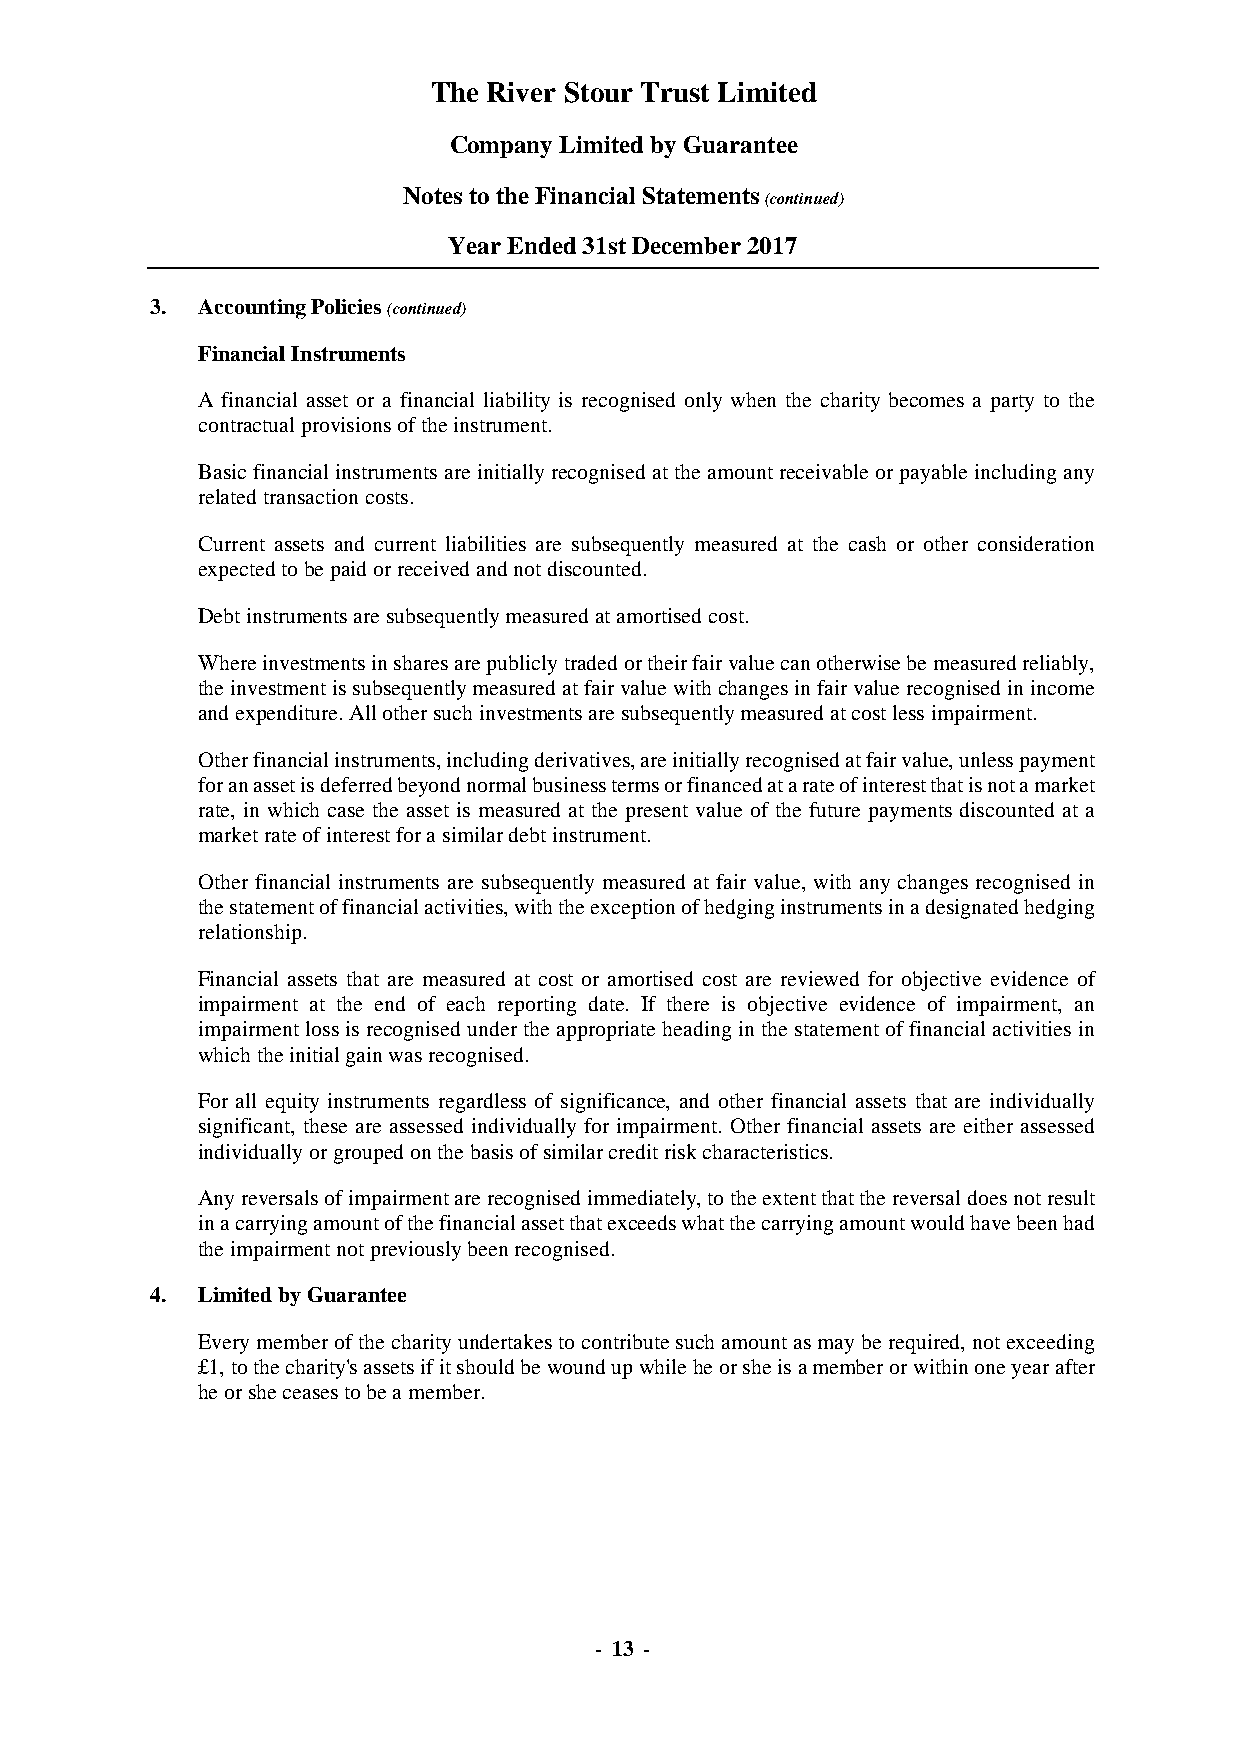
The River Stour Trust Limited
 Company Limited by Guarantee
 Notes to the Financial Statements
 (continued)
 Year Ended 31st December 2017
 3. Accounting Policies (continued)
 Financial Instruments
 A financial asset or a financial liability is recognised only when the charity becomes a party to the
 contractual provisions of the instrument.
 Basic financial instruments are initially recognised at the amount receivable or payable including any
 related transaction costs.
 Current assets and current liabilities are subsequently measured at the cash or other consideration
 expected to be paid or received and not discounted.
 Debt instruments are subsequently measured at amortised cost.
 Where investments in shares are publicly traded or their fair value can otherwise be measured reliably,
 the investment is subsequently measured at fair value with changes in fair value recognised in income
 and expenditure. All other such investments are subsequently measured at cost less impairment.
 Other financial instruments, including derivatives, are initially recognised at fair value, unless payment
 for an asset is deferred beyond normal business terms or financed at a rate of interest that is not a market
 rate, in which case the asset is measured at the present value of the future payments discounted at a
 market rate of interest for a similar debt instrument.
 Other financial instruments are subsequently measured at fair value, with any changes recognised in
 the statement of financial activities, with the exception of hedging instruments in a designated hedging
 relationship.
 Financial assets that are measured at cost or amortised cost are reviewed for objective evidence of
 impairment at the end of each reporting date. If there is objective evidence of impairment, an
 impairment loss is recognised under the appropriate heading in the statement of financial activities in
 which the initial gain was recognised.
 For all equity instruments regardless of significance, and other financial assets that are individually
 significant, these are assessed individually for impairment. Other financial assets are either assessed
 individually or grouped on the basis of similar credit risk characteristics.
 Any reversals of impairment are recognised immediately, to the extent that the reversal does not result
 in a carrying amount of the financial asset that exceeds what the carrying amount would have been had
 the impairment not previously been recognised.
 4. Limited by Guarantee
 Every member of the charity undertakes to contribute such amount as may be required, not exceeding
 £1, to the charity's assets if it should be wound up while he or she is a member or within one year after
 he or she ceases to be a member.
 - 13 -